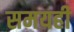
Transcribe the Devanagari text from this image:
समयही